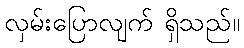
လှမ်းပြောလျက် ရှိသည်။